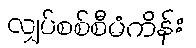
လျှပ်စစ်စီမံကိန်း